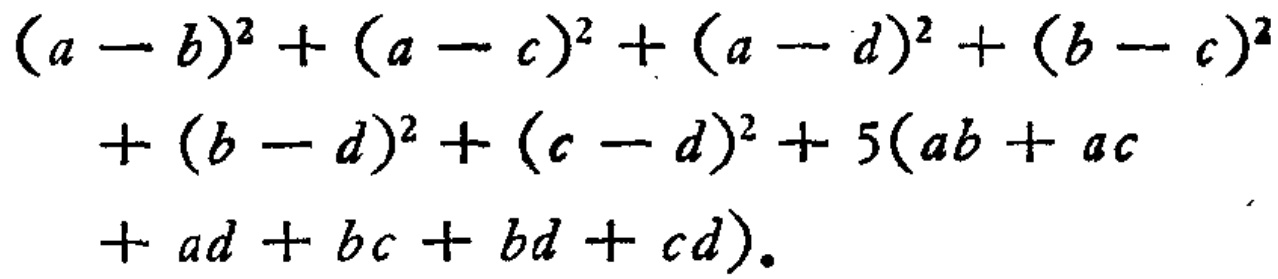
\((a - b)^{2}+(a - c)^{2}+(a - d)^{2}+(b - c)^{2}+(b - d)^{2}+(c - d)^{2}+5(ab + ac+ ad + bc + bd + cd)\)